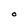
Character: O